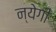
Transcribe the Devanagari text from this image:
न्येगी